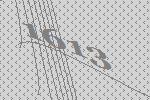
1613